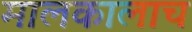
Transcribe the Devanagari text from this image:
मालकालाच